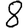
Digit: 8